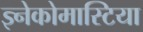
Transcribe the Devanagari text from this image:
ज्ञ्नेकोमास्टिया